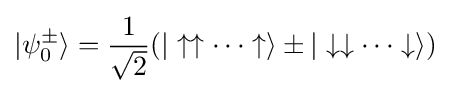
|\psi _{0}^{\pm }\rangle ={\frac {1}{\sqrt {2}}}(|\uparrow \uparrow \cdots \uparrow \rangle \pm |\downarrow \downarrow \cdots \downarrow \rangle )